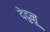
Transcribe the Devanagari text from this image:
देदुनू